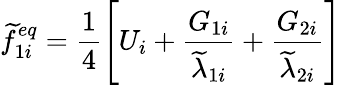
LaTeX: \widetilde{f}_{1i}^{eq}=\frac{1}{4}\left[U_{i}+\frac{G_{1i}}{\widetilde{\lambda}_{1i}}+\frac{G_{2i}}{\widetilde{\lambda}_{2i}}\right]